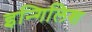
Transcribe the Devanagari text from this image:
इन्गिलिश